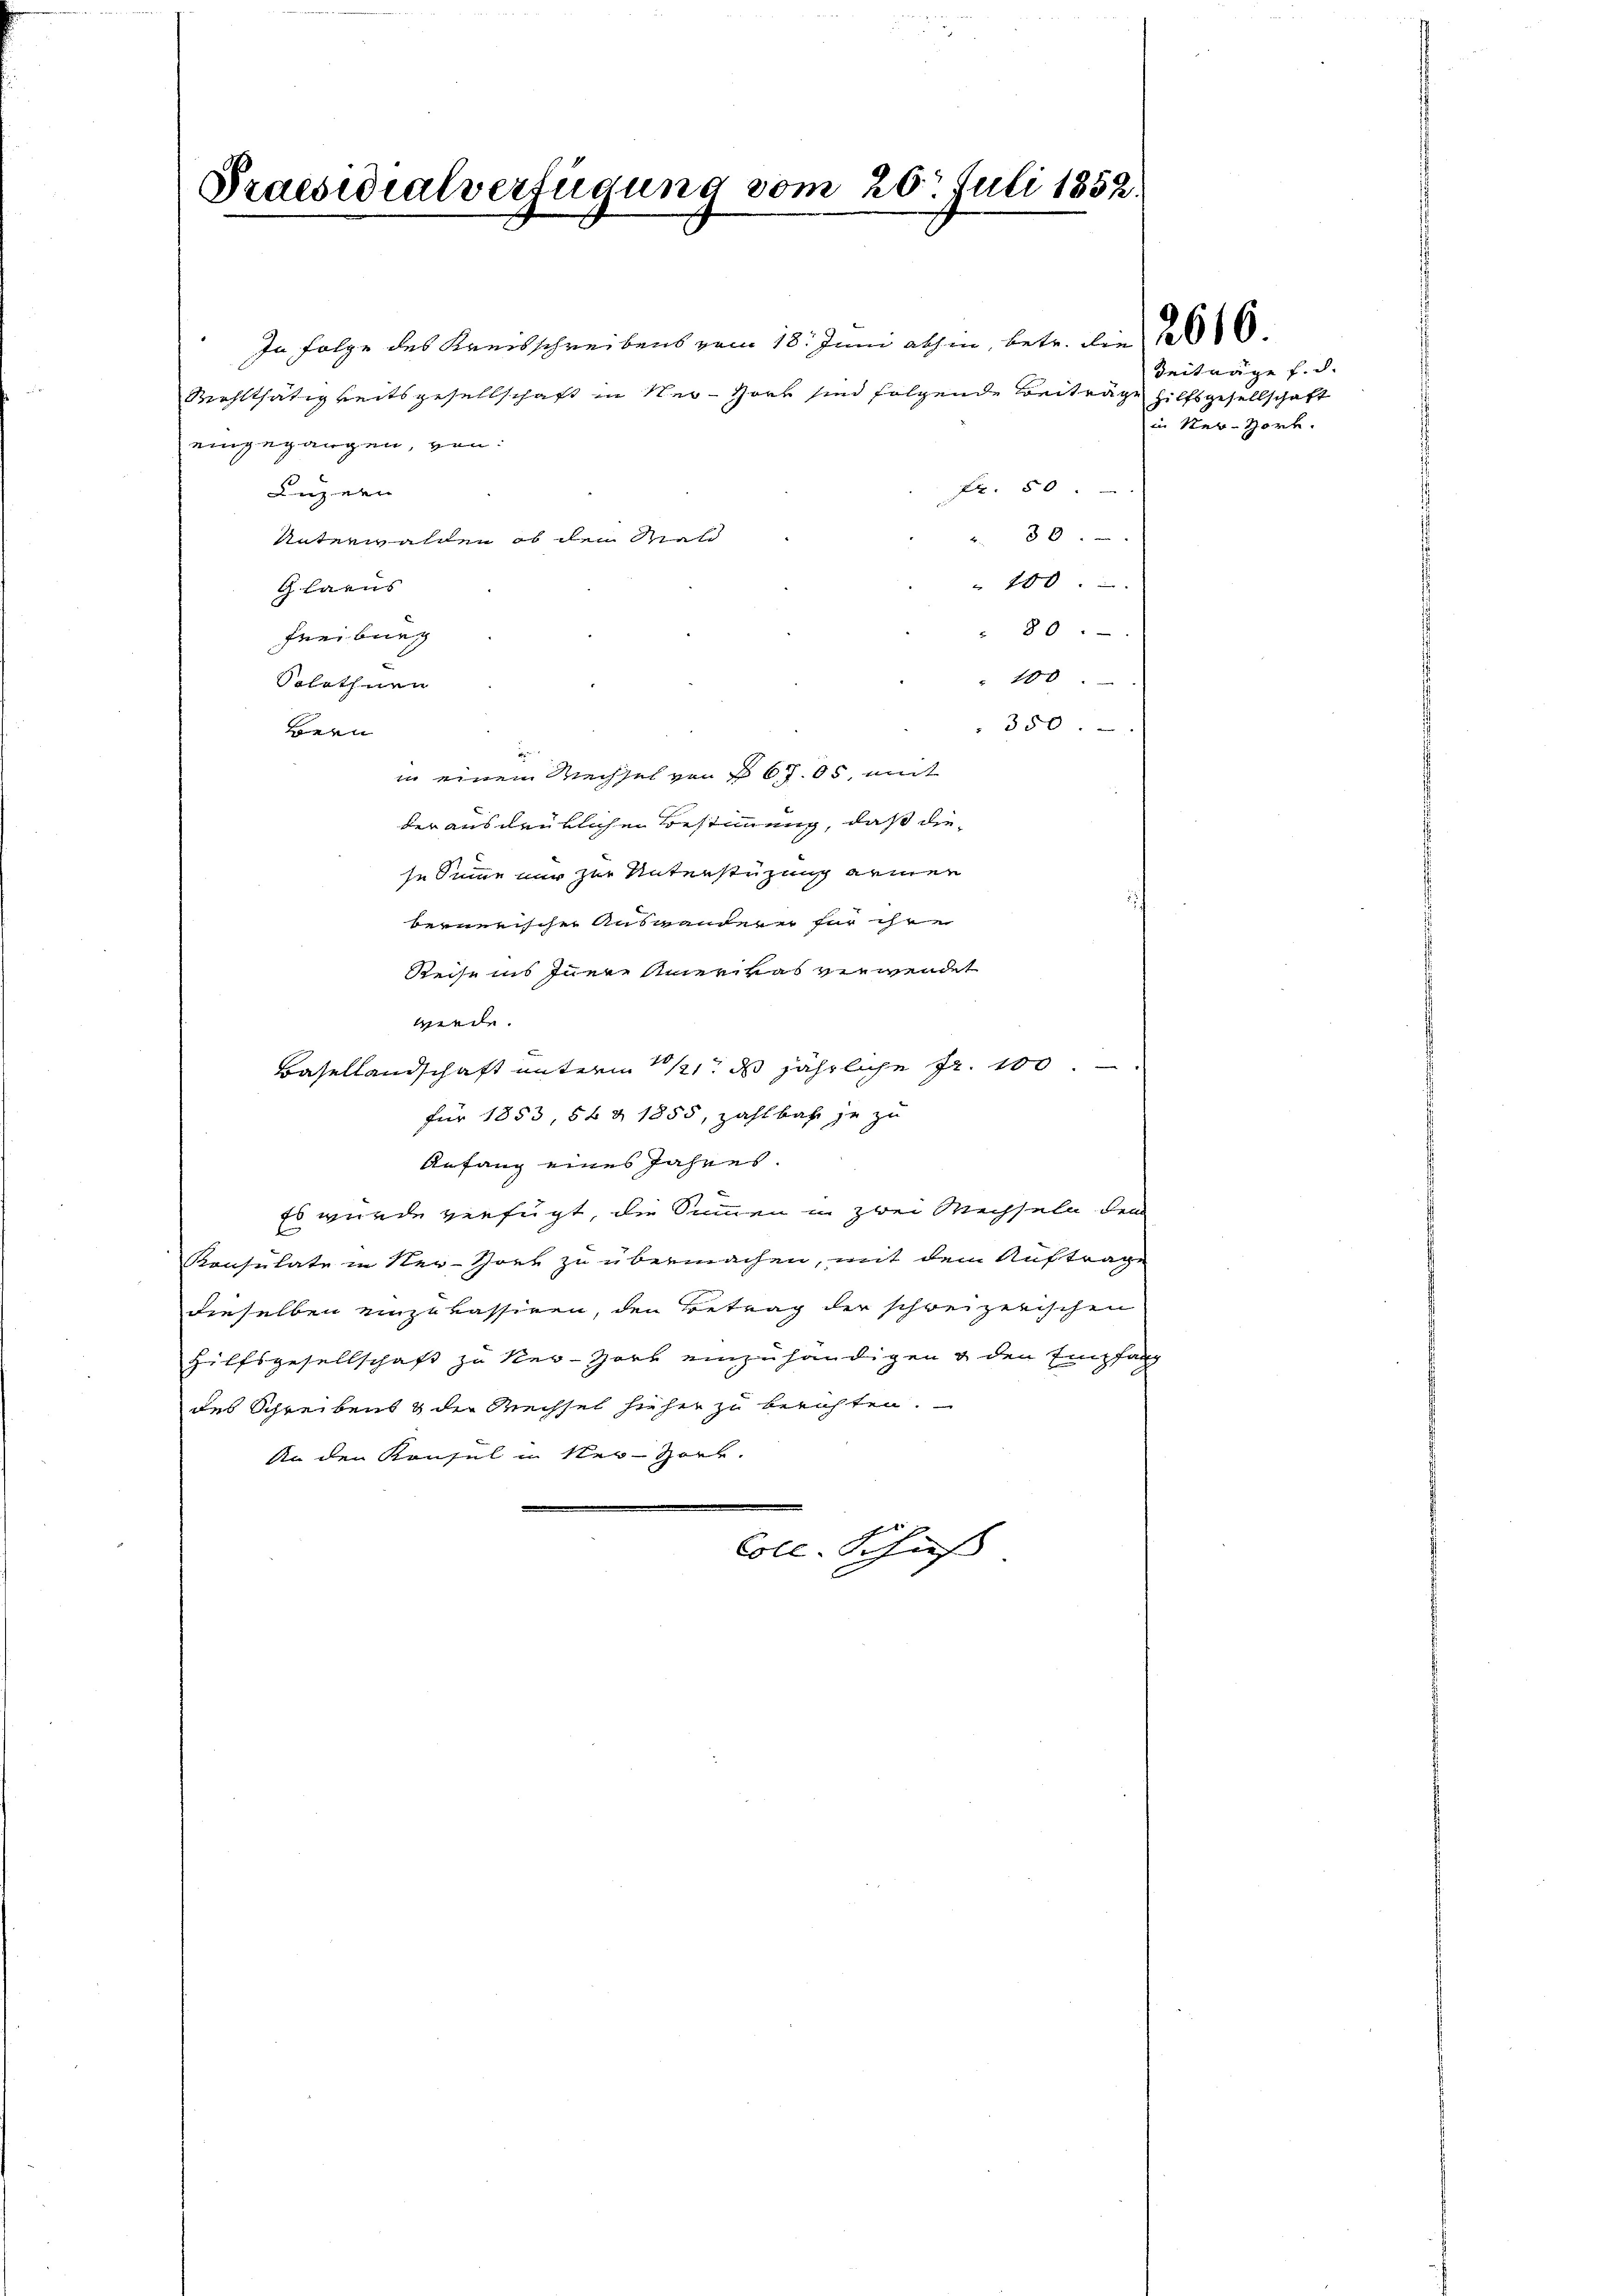
In Folge des Kreisschreibens vom 18. Juni abhin, betr. die 1010.
Wohlthätigkeitsgesellschaft in Ner-Hort sind folgende Beiträge hilfsgesellschaft
eingegangen, von:
Fr. 50.
Luzern
2. 30.
Unterwalden, ob den Wald
" 100.
Glarus
80
Freiburg
100
Solothurn
350.
Bern
e
in einem Wechsel von § 67. 05, mit
der ausdrüklichen Bestimmung, daß diese Summe nur zur Unterstüzung armen
bernerischer Auswanderer für ihre
Reise ins Inner Amerikas verwendet
werde.
Basellandschaft unterm 10/11t ds jährliche Fr. 100.
für 1853, 56 § 1855, zahlbahr je zu
Anfang eines Jahres.
Es wurde verfügt, die Summen in zwei Wechseln dem
Konsulate in Ner-Hort zu übermachen, mit dem Auftrage
dieselben einzukassiren, den Betrag der schweizerischen
Hilfsgesellschaft zu ker-Zort einzuhändigen & den Empfang
des Schreibens & der Rechsel hieher zu berichten.
An den Konsul in Ner-Zork.
Coll. Schieß

Praesidialverfügung vom 20. Juli 1852.

Beiträge f. d.
in Ner-Hort.